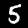
Label: 5